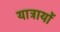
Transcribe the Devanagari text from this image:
यात्रायों